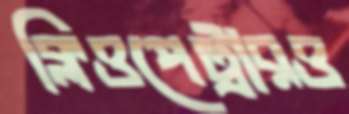
ক্লিওপেট্রারও